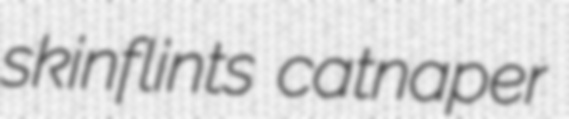
skinflints catnaper